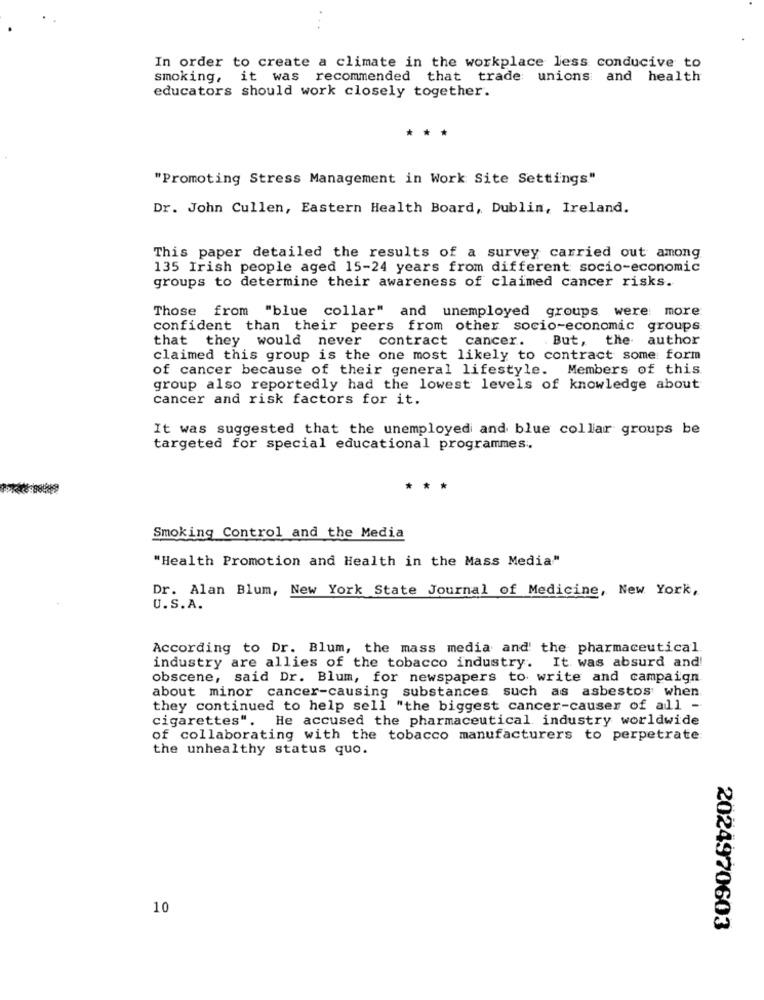
In order to create a climate in the workplace less conducive to
smoking, it was recommended that trade unions and health
educators should work closely together.
***
"Promoting Stress Management in Work Site Settings"
Dr. John Cullen, Eastern Health Board, Dublin, Ireland.
This paper detailed the results of a survey carried out among
135 Irish people aged 15-24 years from different socio-economic
groups to determine their awareness of claimed cancer risks.
Those from "blue collar" and unemployed groups were more
confident than their peers from other socio-economic groups
that they would never contract cancer. . But, the author
claimed this group is the one most likely to contract some form
of cancer because of their general lifestyle. Members of this
group also reportedly had the lowest levels of knowledge about
cancer and risk factors for it.
It was suggested that the unemployed and blue collar groups be
targeted for special educational programmes
Smoking Control and the Media
"Health Promotion and Health in the Mass Media"
Dr. Alan Blum, New York State Journal of Medicine, New York,
U.S.A.
According to Dr. Blum, the mass media and' the pharmaceutical
industry are allies of the tobacco industry. It was absurd and!
obscene, said Dr. Blum, for newspapers to write and campaign
about minor cancer-causing substances such as asbestos when
they continued to help sell "the biggest cancer-causer of all -
cigarettes". He accused the pharmaceutical industry worldwide
of collaborating with the tobacco manufacturers to perpetrate
the unhealthy status quo.
10
2024970603